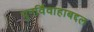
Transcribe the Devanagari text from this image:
पुनर्विवाहाबद्दल